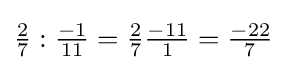
{\tfrac {2}{7}}:{\tfrac {-1}{11}}={\tfrac {2}{7}}{\tfrac {-11}{1}}={\tfrac {-22}{7}}